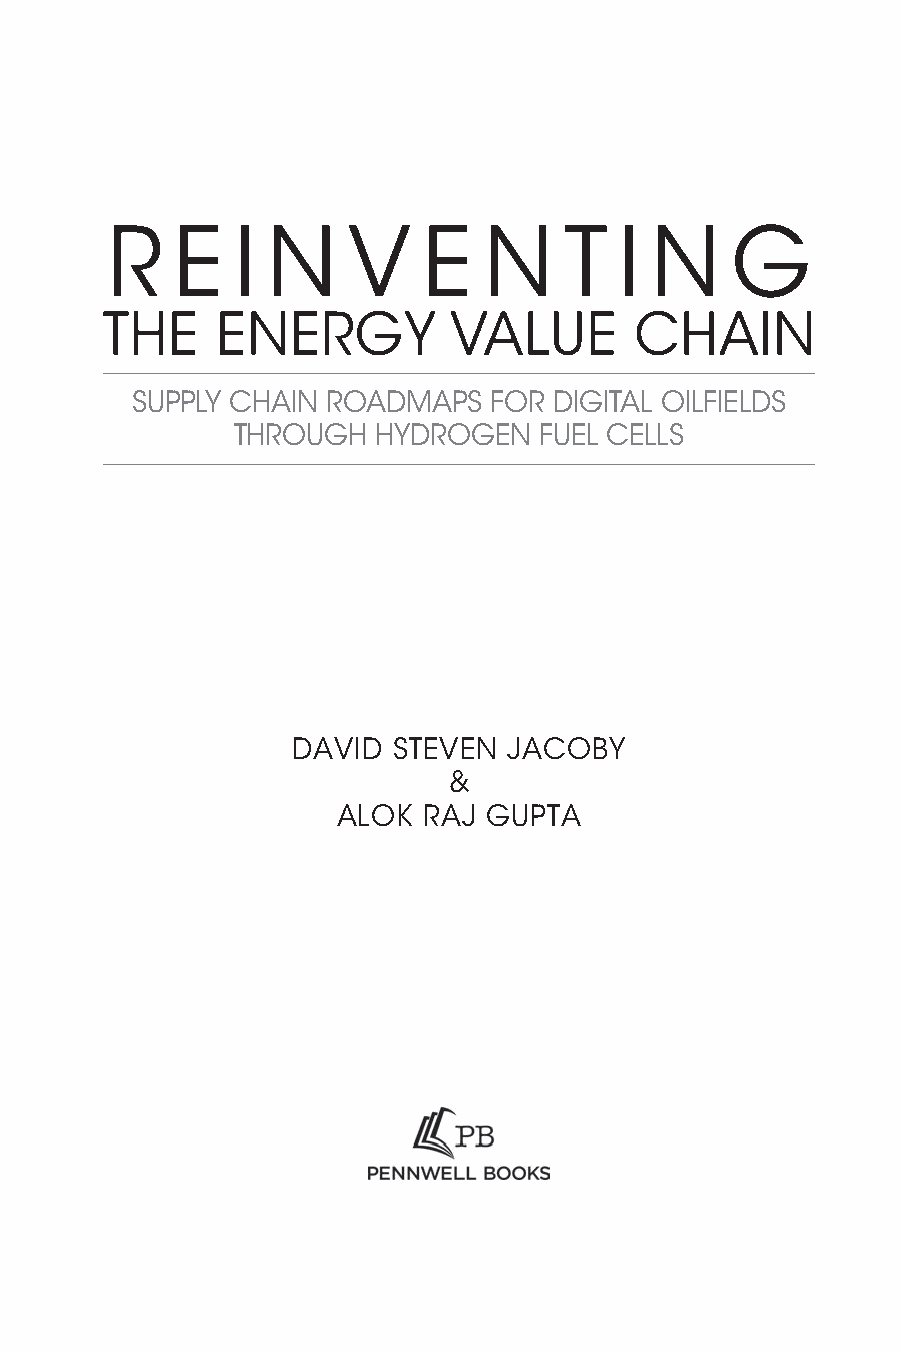
R   E   I  N    V    E   N    T   I N    G
 THE    ENERGY          VALUE       CHAIN
 SUPPLY CHAIN ROADMAPS  FOR  DIGITAL OILFIELDS
 THROUGH   HYDROGEN   FUEL CELLS
 DAVID  STEVEN  JACOBY
 &
 ALOK  RAJ GUPTA
 365522YQS_ENERGY_CC2019_pc.indd 3                 09/08/2021 09:52:33